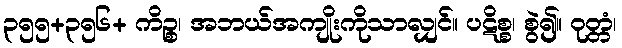
၃၅၅+၃၅၆+ ကိဉ္စ၊ အဘယ်အကျိုးကိုသာလျှင်။ ပဋိစ္စ၊ စွဲ၍။ ဝုတ္တံ၊